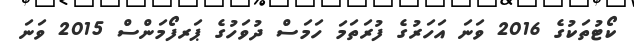
ކޯޓުތަކުގެ 2016 ވަނަ އަހަރުގެ ފުރަތަމަ ހަމަސް ދުވަހުގެ ޕަރފޯމަންސް 2015 ވަނަ